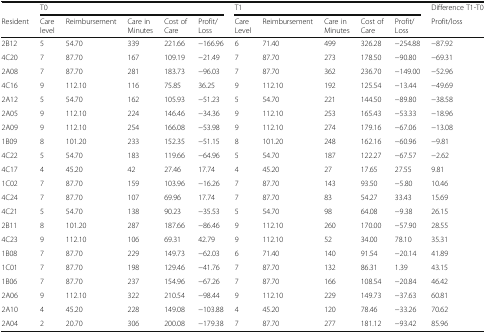
<table><thead><tr><td></td><td colspan="5"><b>T0</b></td><td colspan="5"><b>T1</b></td><td><b>Difference T1-T0</b></td></tr><tr><td><b>Resident</b></td><td><b>Care level</b></td><td><b>Reimbursement</b></td><td><b>Care in Minutes</b></td><td><b>Cost of Care</b></td><td><b>Profit/Loss</b></td><td><b>Care Level</b></td><td><b>Reimbursement</b></td><td><b>Care in Minutes</b></td><td><b>Cost of Care</b></td><td><b>Profit/Loss</b></td><td><b>Profit/loss</b></td></tr></thead><tbody><tr><td>2B12</td><td>5</td><td>54.70</td><td>339</td><td>221.66</td><td>−166.96</td><td>6</td><td>71.40</td><td>499</td><td>326.28</td><td>−254.88</td><td>−87.92</td></tr><tr><td>4C20</td><td>7</td><td>87.70</td><td>167</td><td>109.19</td><td>−21.49</td><td>7</td><td>87.70</td><td>273</td><td>178.50</td><td>−90.80</td><td>−69.31</td></tr><tr><td>2A08</td><td>7</td><td>87.70</td><td>281</td><td>183.73</td><td>−96.03</td><td>7</td><td>87.70</td><td>362</td><td>236.70</td><td>−149.00</td><td>−52.96</td></tr><tr><td>4C16</td><td>9</td><td>112.10</td><td>116</td><td>75.85</td><td>36.25</td><td>9</td><td>112.10</td><td>192</td><td>125.54</td><td>−13.44</td><td>−49.69</td></tr><tr><td>2A12</td><td>5</td><td>54.70</td><td>162</td><td>105.93</td><td>−51.23</td><td>5</td><td>54.70</td><td>221</td><td>144.50</td><td>−89.80</td><td>−38.58</td></tr><tr><td>2A05</td><td>9</td><td>112.10</td><td>224</td><td>146.46</td><td>−34.36</td><td>9</td><td>112.10</td><td>253</td><td>165.43</td><td>−53.33</td><td>−18.96</td></tr><tr><td>2A09</td><td>9</td><td>112.10</td><td>254</td><td>166.08</td><td>−53.98</td><td>9</td><td>112.10</td><td>274</td><td>179.16</td><td>−67.06</td><td>−13.08</td></tr><tr><td>1B09</td><td>8</td><td>101.20</td><td>233</td><td>152.35</td><td>−51.15</td><td>8</td><td>101.20</td><td>248</td><td>162.16</td><td>−60.96</td><td>−9.81</td></tr><tr><td>4C22</td><td>5</td><td>54.70</td><td>183</td><td>119.66</td><td>−64.96</td><td>5</td><td>54.70</td><td>187</td><td>122.27</td><td>−67.57</td><td>−2.62</td></tr><tr><td>4C17</td><td>4</td><td>45.20</td><td>42</td><td>27.46</td><td>17.74</td><td>4</td><td>45.20</td><td>27</td><td>17.65</td><td>27.55</td><td>9.81</td></tr><tr><td>1C02</td><td>7</td><td>87.70</td><td>159</td><td>103.96</td><td>−16.26</td><td>7</td><td>87.70</td><td>143</td><td>93.50</td><td>−5.80</td><td>10.46</td></tr><tr><td>4C24</td><td>7</td><td>87.70</td><td>107</td><td>69.96</td><td>17.74</td><td>7</td><td>87.70</td><td>83</td><td>54.27</td><td>33.43</td><td>15.69</td></tr><tr><td>4C21</td><td>5</td><td>54.70</td><td>138</td><td>90.23</td><td>−35.53</td><td>5</td><td>54.70</td><td>98</td><td>64.08</td><td>−9.38</td><td>26.15</td></tr><tr><td>2B11</td><td>8</td><td>101.20</td><td>287</td><td>187.66</td><td>−86.46</td><td>9</td><td>112.10</td><td>260</td><td>170.00</td><td>−57.90</td><td>28.55</td></tr><tr><td>4C23</td><td>9</td><td>112.10</td><td>106</td><td>69.31</td><td>42.79</td><td>9</td><td>112.10</td><td>52</td><td>34.00</td><td>78.10</td><td>35.31</td></tr><tr><td>1B08</td><td>7</td><td>87.70</td><td>229</td><td>149.73</td><td>−62.03</td><td>6</td><td>71.40</td><td>140</td><td>91.54</td><td>−20.14</td><td>41.89</td></tr><tr><td>1C01</td><td>7</td><td>87.70</td><td>198</td><td>129.46</td><td>−41.76</td><td>7</td><td>87.70</td><td>132</td><td>86.31</td><td>1.39</td><td>43.15</td></tr><tr><td>1B06</td><td>7</td><td>87.70</td><td>237</td><td>154.96</td><td>−67.26</td><td>7</td><td>87.70</td><td>166</td><td>108.54</td><td>−20.84</td><td>46.42</td></tr><tr><td>2A06</td><td>9</td><td>112.10</td><td>322</td><td>210.54</td><td>−98.44</td><td>9</td><td>112.10</td><td>229</td><td>149.73</td><td>−37.63</td><td>60.81</td></tr><tr><td>2A10</td><td>4</td><td>45.20</td><td>228</td><td>149.08</td><td>−103.88</td><td>4</td><td>45.20</td><td>120</td><td>78.46</td><td>−33.26</td><td>70.62</td></tr><tr><td>2A04</td><td>2</td><td>20.70</td><td>306</td><td>200.08</td><td>−179.38</td><td>7</td><td>87.70</td><td>277</td><td>181.12</td><td>−93.42</td><td>85.96</td></tr></tbody></table>